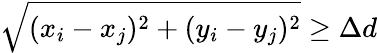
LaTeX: \sqrt{(x_{i}-x_{j})^{2}+(y_{i}-y_{j})^{2}}\geq\Delta d